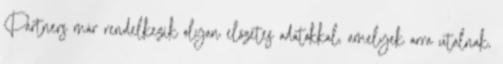
Partners már rendelkezik olyan előzetes adatokkal, amelyek arra utalnak,